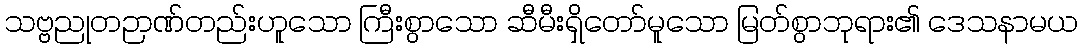
သဗ္ဗညုတဉာဏ်တည်းဟူသော ကြီးစွာသော ဆီမီးရှိတော်မူသော မြတ်စွာဘုရား၏ ဒေသနာမယ